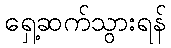
ရှေ့ဆက်သွားရန်